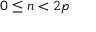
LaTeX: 0 \leq n < 2 p